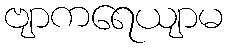
ဗျာကရေယျာမ